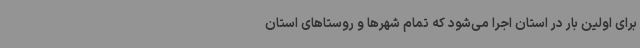
برای اولین بار در استان اجرا می‌شود که تمام شهرها و روستاهای استان